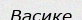
Васике